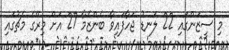
މި ސީޒަންގައި 22 ލަނޑު ޖަހާފައިވާ ބެންޒެމާ 27 އަށް މިރޭގެ މެޗުގައި